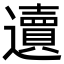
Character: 䢱